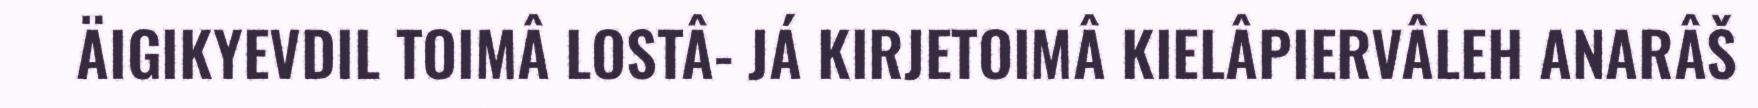
ÄIGIKYEVDIL TOIMÂ LOSTÂ- JÁ KIRJETOIMÂ KIELÂPIERVÂLEH ANARÂŠ